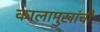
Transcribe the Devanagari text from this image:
कालामुखांची